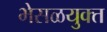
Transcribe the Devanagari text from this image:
भेसळयुक्त